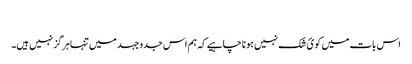
​
اس بات میں کوئ شک نہیں ہونا چاہیے کہ ہم اس جدوجہد میں تنہا ہرگز نہیں ہیں۔